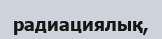
радиациялық,